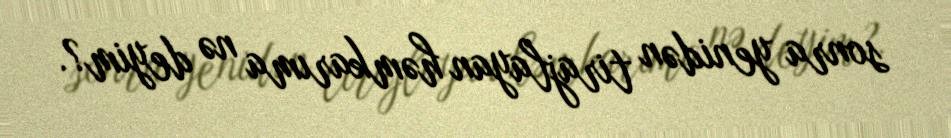
sonra yenidən tirajlayan həmkarıma nə deyim?.